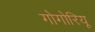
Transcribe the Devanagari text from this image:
गोगोरियू